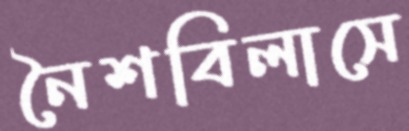
নৈশবিলাসে